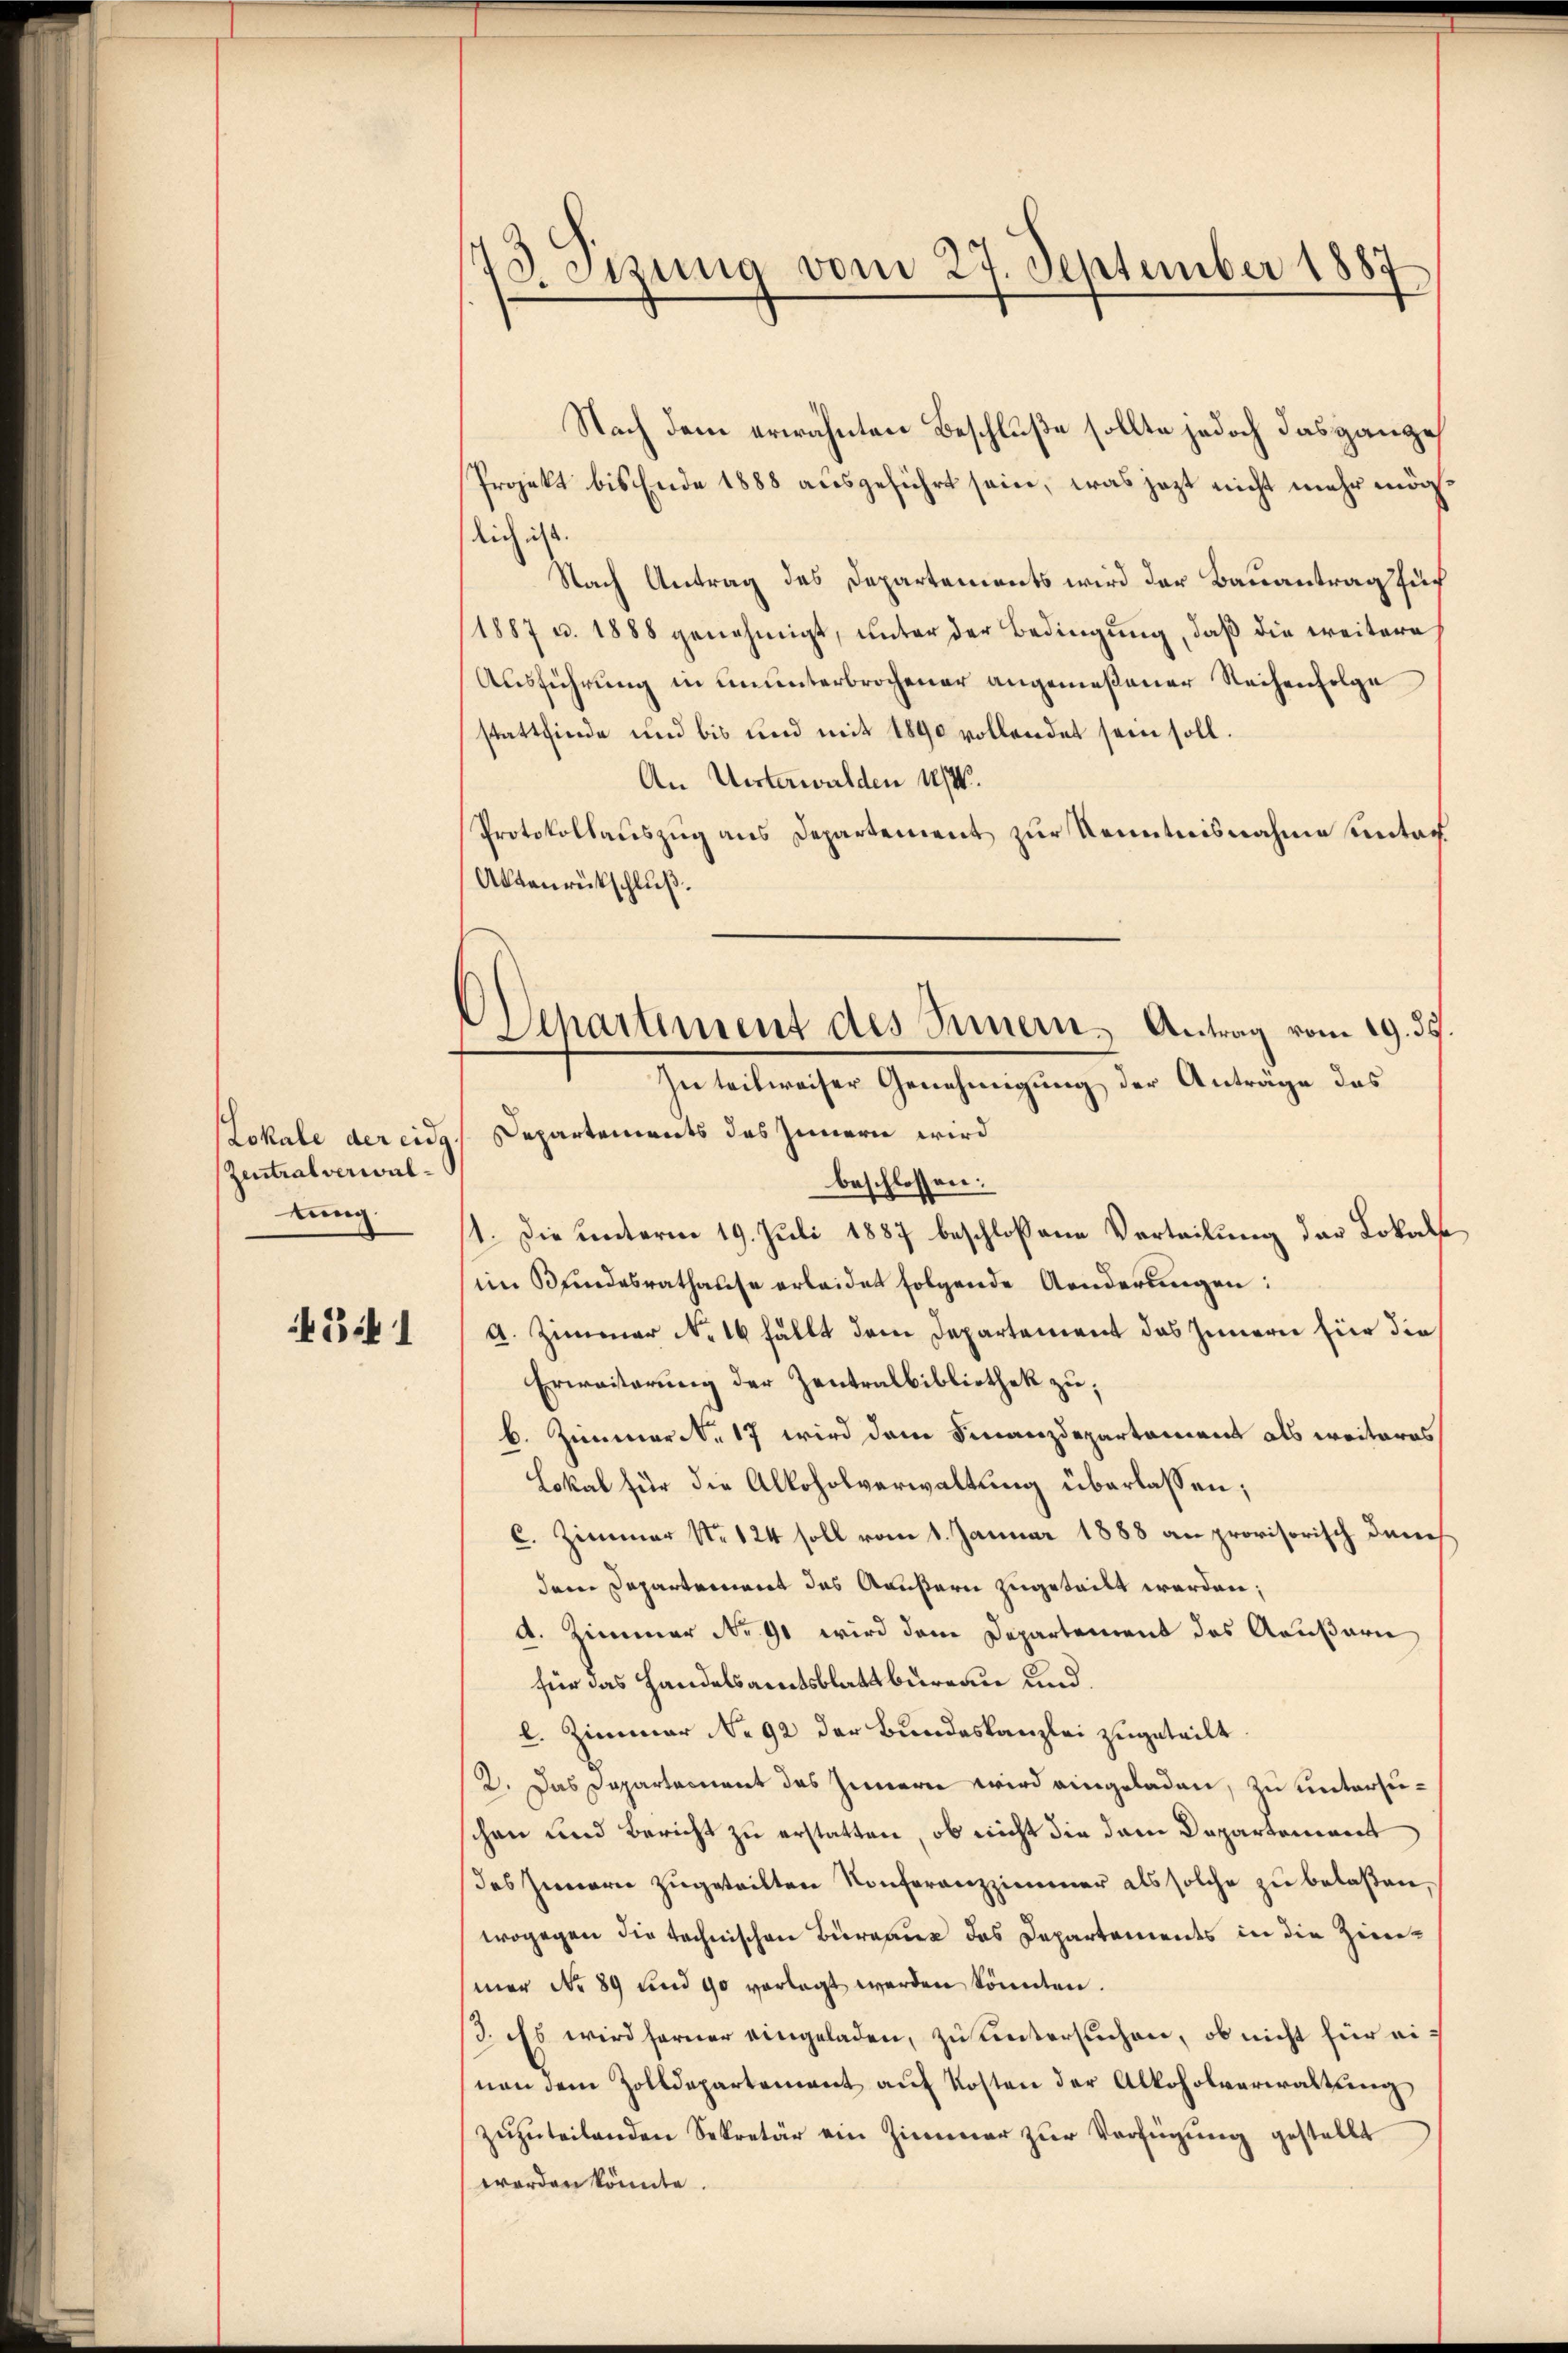
Lokale der eidg.
Zentralverwaltung.

341

73. Sizung vom 27. September 1887

Projekt bis Ende 1888 ausgeführt sein, was jezt nicht mehr möglich ist.
Nach Antrag des Departements wird der Bauantrag fuch
1887 u. 1888 genehmigt, ŭnter der Bedingŭng, daβ die weitere
Ausführung in ununterbrochener angemeßener Reihenfolge
stattfinde und bis und mit 1890 vollendet sein soll.
An Unterwalden 1/4.
Protokollauszug aus Departement zur Kenntnisnahme untar
Aktenrückschluß.
Departements des Innern wird
beschlossen:
1. Die unterm 19. Juli 1887 beschlossene Verteilung der Lokals
im Bundesrathause erleidet folgende Aenderungen:
A. Zimmer No. 16 fällt dem Departement das Innern für die
Erweiterung der Zentralbibliothek zu;
b. Zimmer N. 17 wird dem Finanzdepartement als weiteres
Lokal für die Alkoholverwaltung überlassen;
C. Zimmer N. 124 soll vom 1. Januar 1888 an provisorisch denes
dem Departement das Aeußern zugeteilt werden;
d. Zimmer Nr. 90 wird dem Departement des Aeußern
für das Handelsamtsblattbureau und
l. Zimmer No 92 der Bundeskanzlei zugeteilt
2. Das Departement des Innern wird eingeladen, zu untersuchen und Bericht zu erstatten, ob nicht die dem Departement
des Innern zugeteilten Konferenzzimmer als solche zu belaßen,
wogegen die technischen Büreaux das Departements in die Zinmer No 89 und 90 vorlegt werden könnten.
3. Es wird ferner eingeladen, zu untersuchen, ob nicht für eif
nen dem Zolldepartement aŭf Kosten der Alkoholverwaltung
zŭzŭteilenden Sekretär ein Zimmer zŭr Verfügŭng gestellt
worden könnte.

Nach dem erwähnten Beschluße sollte jedoch das ganze

Departement des Innern, Antrag vom 29. 35.
In teilweiser Genehmigung der Anträge das